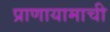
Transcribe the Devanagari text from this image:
प्राणायामाची